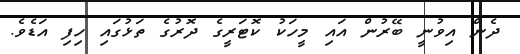
ދެން އިވުނީ ބޭރުން އައި މީހަކު ކޮޓަރީގެ ދޮރުގެ ތަޅުގައި ހިފި އަޑެވެ.